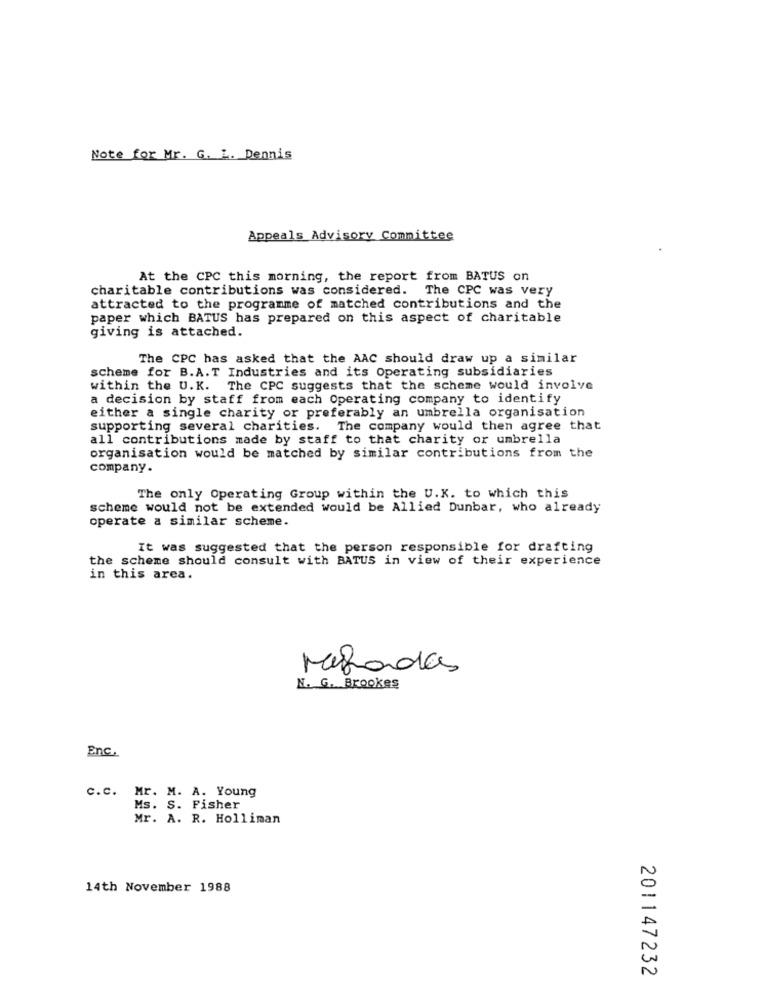
Note for Mr. G. L. Dennis
Appeals Advisory Committee
At the CPC this morning, the report from BATUS on
charitable contributions was considered. The CPC was very
attracted to the programme of matched contributions and the
paper which BATUS has prepared on this aspect of charitable
giving is attached.
The CPC has asked that the AAC should draw up a similar
scheme for B.A.T Industries and its Operating subsidiaries
within the U.K. The CPC suggests that the scheme would involve
a decision by staff from each Operating company to identify
either a single charity or preferably an umbrella organisation
supporting several charities. The company would then agree that
all contributions made by staff to that charity or umbrella
organisation would be matched by similar contributions from the
company.
The only Operating Group within the U.K. to which this
scheme would not be extended would be Allied Dunbar, who already
operate a similar scheme.
It was suggested that the person responsible for drafting
the scheme should consult with BATUS in view of their experience
in this area.
Megadas
M. G. Brookes
Enc.
C.c. Mr. M. A. Young
Ms. S. Fisher
Mr. A. R. Holliman
14th November 1988
201147232